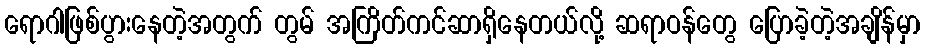
ရောဂါဖြစ်ပွားနေတဲ့အတွက် တွမ် အကြိတ်ကင်ဆာရှိနေတယ်လို့ ဆရာဝန်တွေ ပြောခဲ့တဲ့အချိန်မှာ